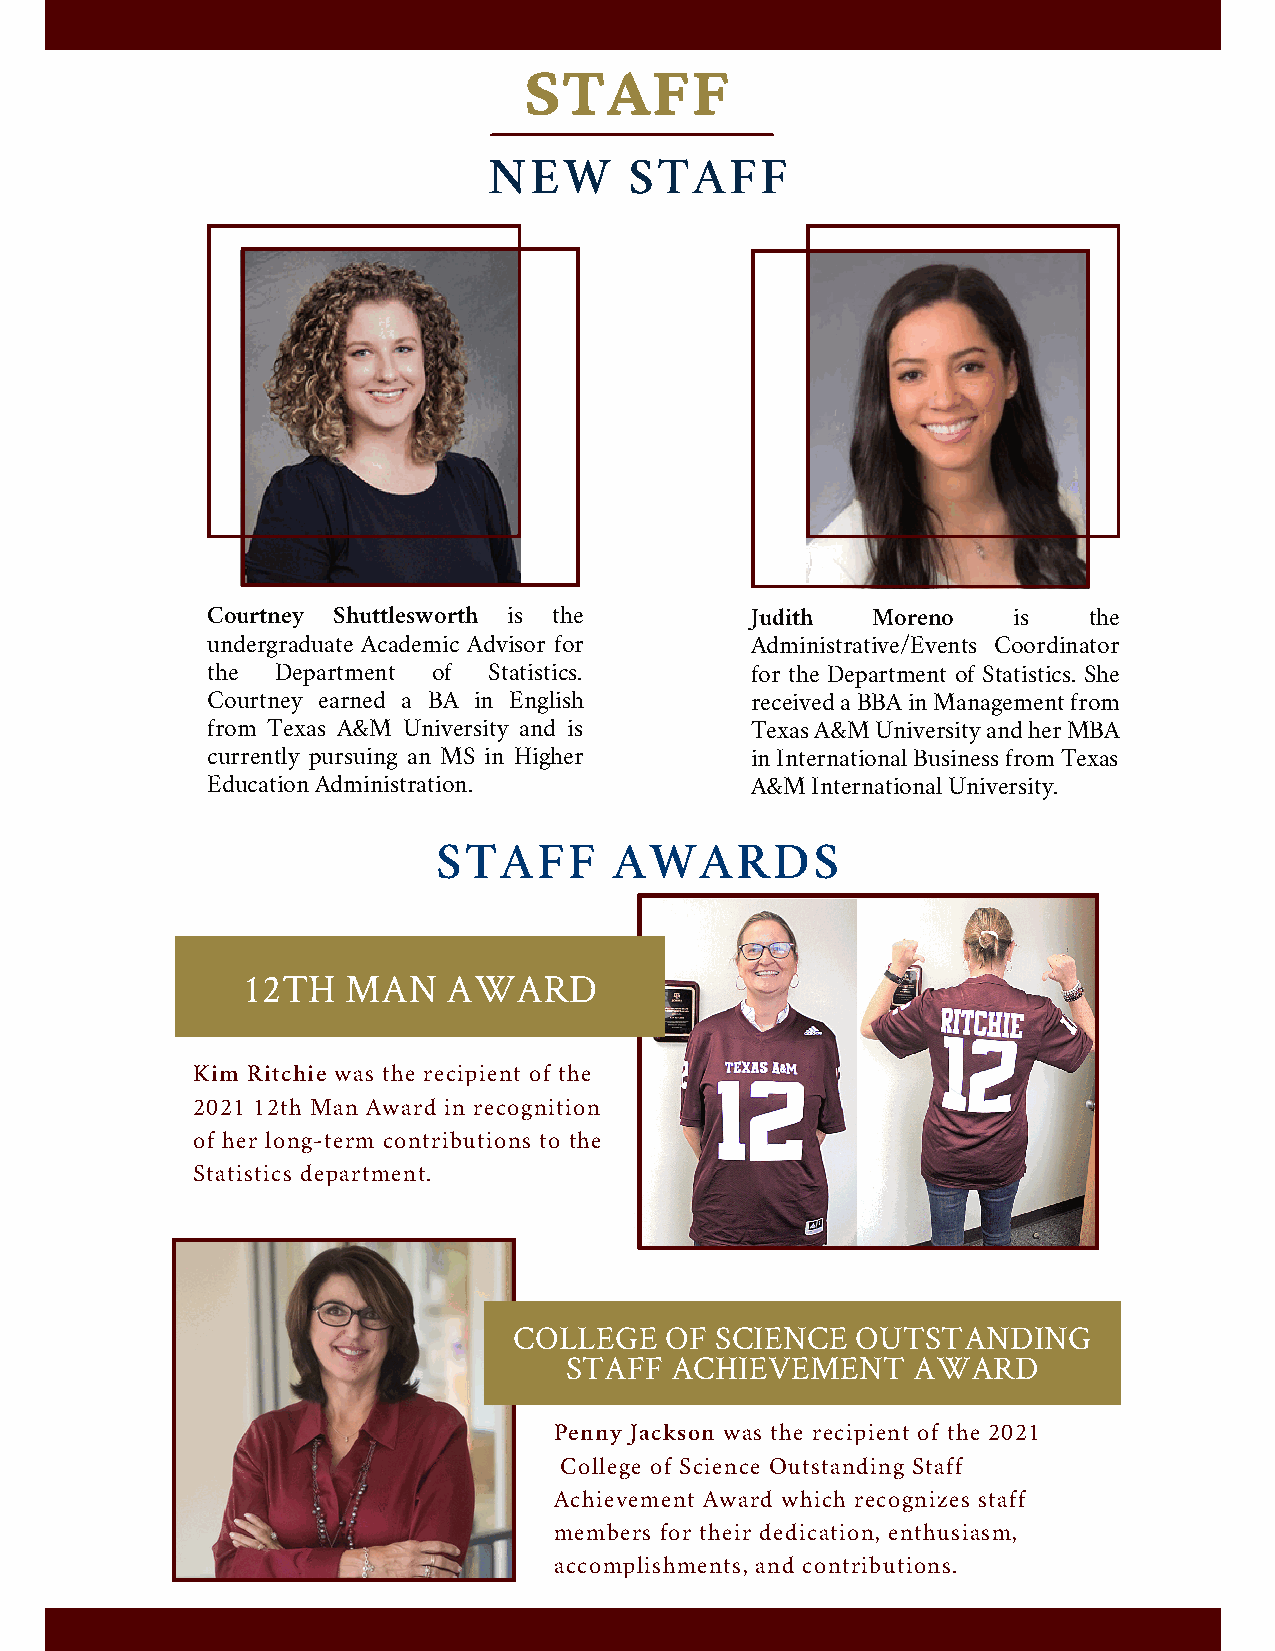
STAFF
 NEW       STAFF
 Courtney Shuttlesworth is the       Judith  Moreno   is   the
 undergraduate Academic Advisor for  Administrative/Events Coordinator
 the Department of Statistics.       for the Department of Statistics. She
 Courtney earned a BA in English     received a BBA in Management from
 from Texas A&M University and is    Texas A&M University and her MBA
 currently pursuing an MS in Higher  in International Business from Texas
 Education Administration.           A&M International University.
 STAFF       AWARDS
 12TH   MAN    AWARD
 Kim Ritchie was the recipient of the
 2021 12th Man Award in recognition
 of her long-term contributions to the
 Statistics department.
 COLLEGE   OF SCIENCE   OUTSTANDING
 STAFF  ACHIEVEMENT     AWARD
 Penny Jackson was the recipient of the 2021
 College of Science Outstanding Staff
 Achievement Award which recognizes staff
 members for their dedication, enthusiasm,
 accomplishments, and contributions.